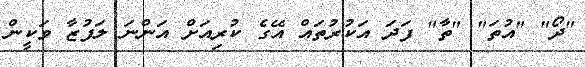
"ދޯ" "އުތަ" "ތާ" ފަދަ އަކުރުތައް އޭގެ ކުރިއަށް އަންނަ ލަފުޒާ ވަކީން